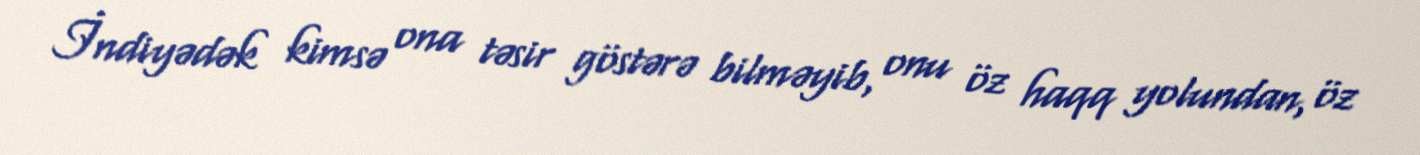
İndiyədək kimsə ona təsir göstərə bilməyib, onu öz haqq yolundan, öz